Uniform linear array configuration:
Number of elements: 12
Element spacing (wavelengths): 0.5
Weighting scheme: binomial
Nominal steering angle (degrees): -30
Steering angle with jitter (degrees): -28.448
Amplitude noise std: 0.05
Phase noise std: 0.05

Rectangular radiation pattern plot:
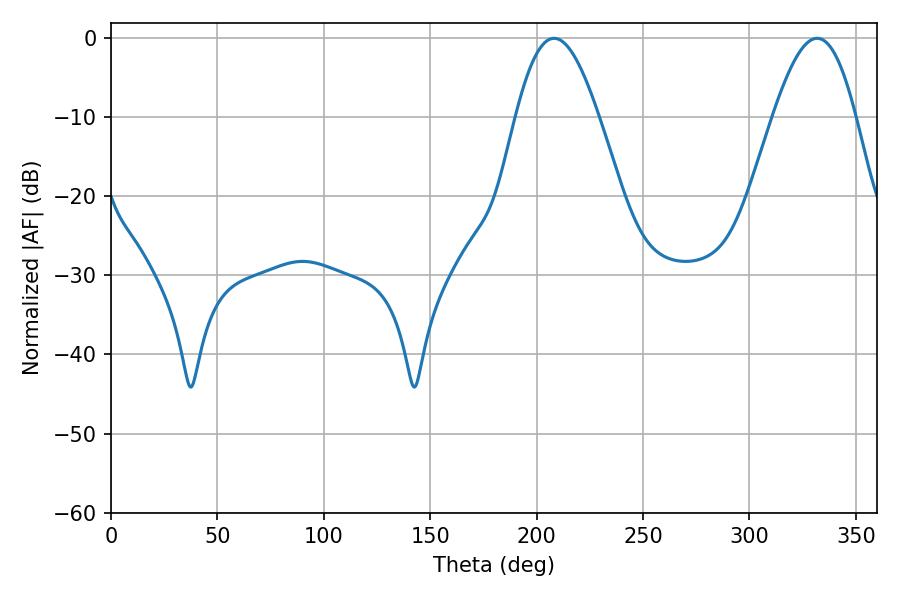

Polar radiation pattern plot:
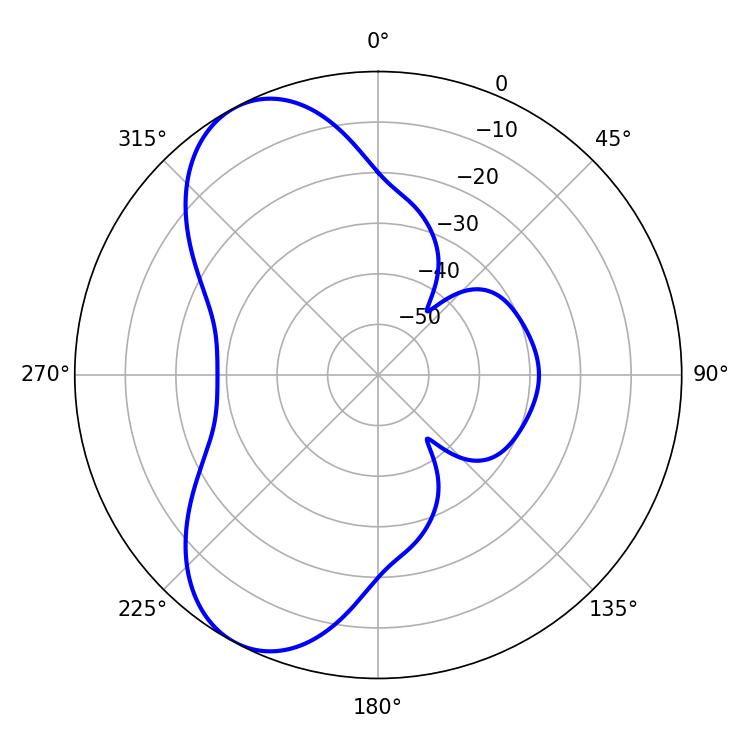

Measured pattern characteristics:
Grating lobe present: FALSE
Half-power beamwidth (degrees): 21.06
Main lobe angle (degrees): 208.26